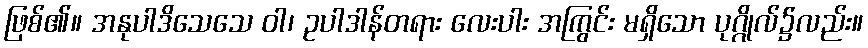
ဖြစ်၏။ အနုပါဒိသေသေ ဝါ၊ ဥပါဒါန်တရား လေးပါး အကြွင်း မရှိသော ပုဂ္ဂိုလ်၌လည်း။